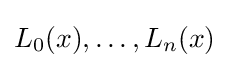
L_{0}(x),\ldots ,L_{n}(x)